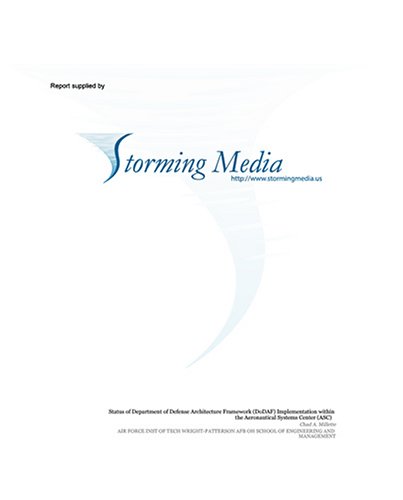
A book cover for The Effect of Sensor Performance on Safe Minefield Transit; Chihoon Kim; Health, Fitness & Dieting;